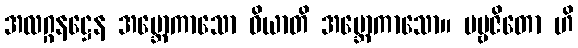
အလဂ္ဂနဋ္ဌေန အဗ္ဘောကာသော ဝိယာတိ အဗ္ဘောကာသော။ ပဗ္ဗဇိတော ဟိ